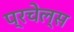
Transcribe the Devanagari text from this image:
प्रचेल्स